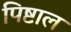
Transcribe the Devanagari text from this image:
पिष्टाल